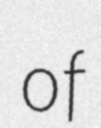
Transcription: of